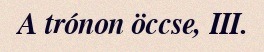
A trónon öccse, III.